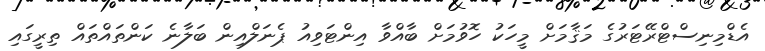
އެޑްމިނިސްޓްރޭޓަރުގެ މަޤާމަށް މީހަކު ހޮވުމަށް ބާއްވާ އިންޓަވިއު ޕެނަލްއިން ބަލާނެ ކަންތައްތައް ތިރީގައި